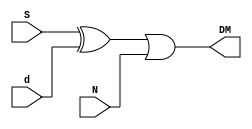
module  Module_Dec (S,d,N,DM);

localparam a = 5;
localparam d_size = 2**a;

input [d_size -1:0] S;
input [d_size -1:0] d;
input [d_size -1:0] N;

output [d_size -1:0] DM; //Decoded Message

assign DM[d_size -1:0] = ((S[d_size -1:0] ^ d[d_size -1:0]) | N[d_size -1:0]);

endmodule